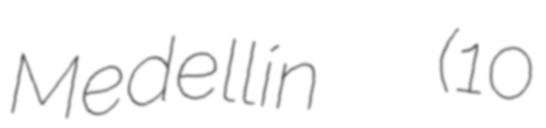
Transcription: Medellín  (10